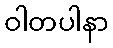
ဝါတပါနာ